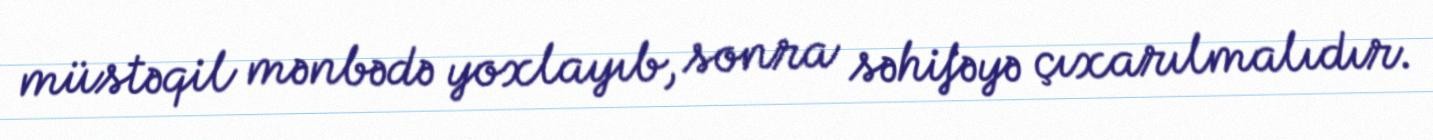
müstəqil mənbədə yoxlayıb, sonra səhifəyə çıxarılmalıdır.